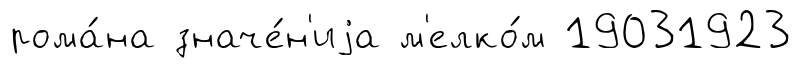
рома́на значе́н'иjа м'елко́м 19031923